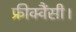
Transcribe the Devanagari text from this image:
फ्रीक्वैंसी।